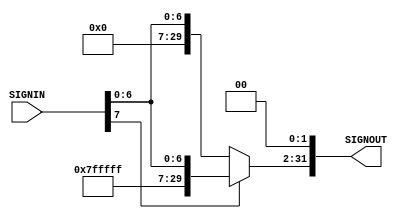
//sign extention
module sign(SIGNIN,SIGNOUT);
//port declaration
input [7:0] SIGNIN;
output reg [31:0] SIGNOUT;
reg [6:0] SIGNHOLD;

always @(SIGNIN) begin 
	if(SIGNIN[7]==1'b0) begin   //for positive in
		SIGNOUT = {24'b00000000_00000000_00000000,SIGNIN};
	end
	if (SIGNIN[7]== 1'b1) begin  //for negative in
		//SIGNIN[6:0] =~SIGNIN[6:0];
		SIGNHOLD = SIGNIN[6:0] ;
		
		SIGNOUT = {1'b1,24'b11111111_11111111_11111111,SIGNHOLD[6:0]};
		
		
	end
	SIGNOUT   = SIGNOUT <<< 2;  //shift left by two
end

endmodule


//adder module
module adder(D1,D2,OUT);
//port declaration
	input [31:0] D1,D2;
	output reg [31:0] OUT;


always @ (D1,D2) begin
	#2  //delay to sync with ALU
	#2  //delay for the adder
	OUT = D1 + D2;	
end	
endmodule



//and module
module and_gate(ANDIN1,ANDIN2,ANDOUT);
//port declaration
	input  ANDIN1,ANDIN2;
	output reg ANDOUT;


always @ (ANDIN1,ANDIN2) begin
	if(ANDIN1 == 1'b1 && ANDIN2 == 1'b1) begin
		ANDOUT = 1'b1;
	end	
	
	else begin
		ANDOUT = 1'b0;
	end
	
	
end
		
endmodule



























/*module sign_test;
	reg [7:0] in;

	//declaring output
	wire reg[31:0] out;
	

	//cteate alumodel for testing
	sign sign1(in,out);
	
	initial
	begin
		//generate files need to plot waveform using GTKWave
		$dumpfile("wavedata_cpu.vcd");
		$dumpvars(0,sign_test);
	end
	
	initial
	begin  
		//testing the forward answer 0100 0100
		
		
		
		in = 8'b00011100;
		#10
		in = 8'b11111111;
		#10
		in = 8'b00000001;
		#10
		in = 8'b11001110;
		#20;
		
		
		
		end
		
endmodule	*/